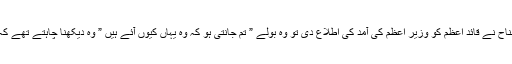
لیاقت علی خان کے دورے میں ایک اہم بات یہ ہوئی کہ فاطمہ جناح نے قائد اعظم کو وزیر اعظم کی آمد کی اطلاع دی تو وُہ بولے ” تم جانتی ہو کہ وُہ یہاں کیوں آئے ہیں ” وُہ دیکھنا چاہتے تھے کہ میری علالت کتنی شدید ہے میں کتنا عرصہ زندہ رہ سکتا ہوں ۔